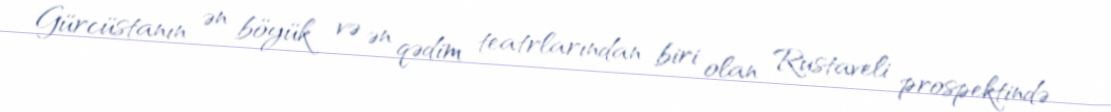
Gürcüstanın ən böyük və ən qədim teatrlarından biri olan Rustaveli prospektində